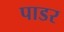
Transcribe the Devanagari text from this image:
पाडर